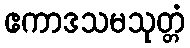
ဧကာဒသမသုတ္တံ